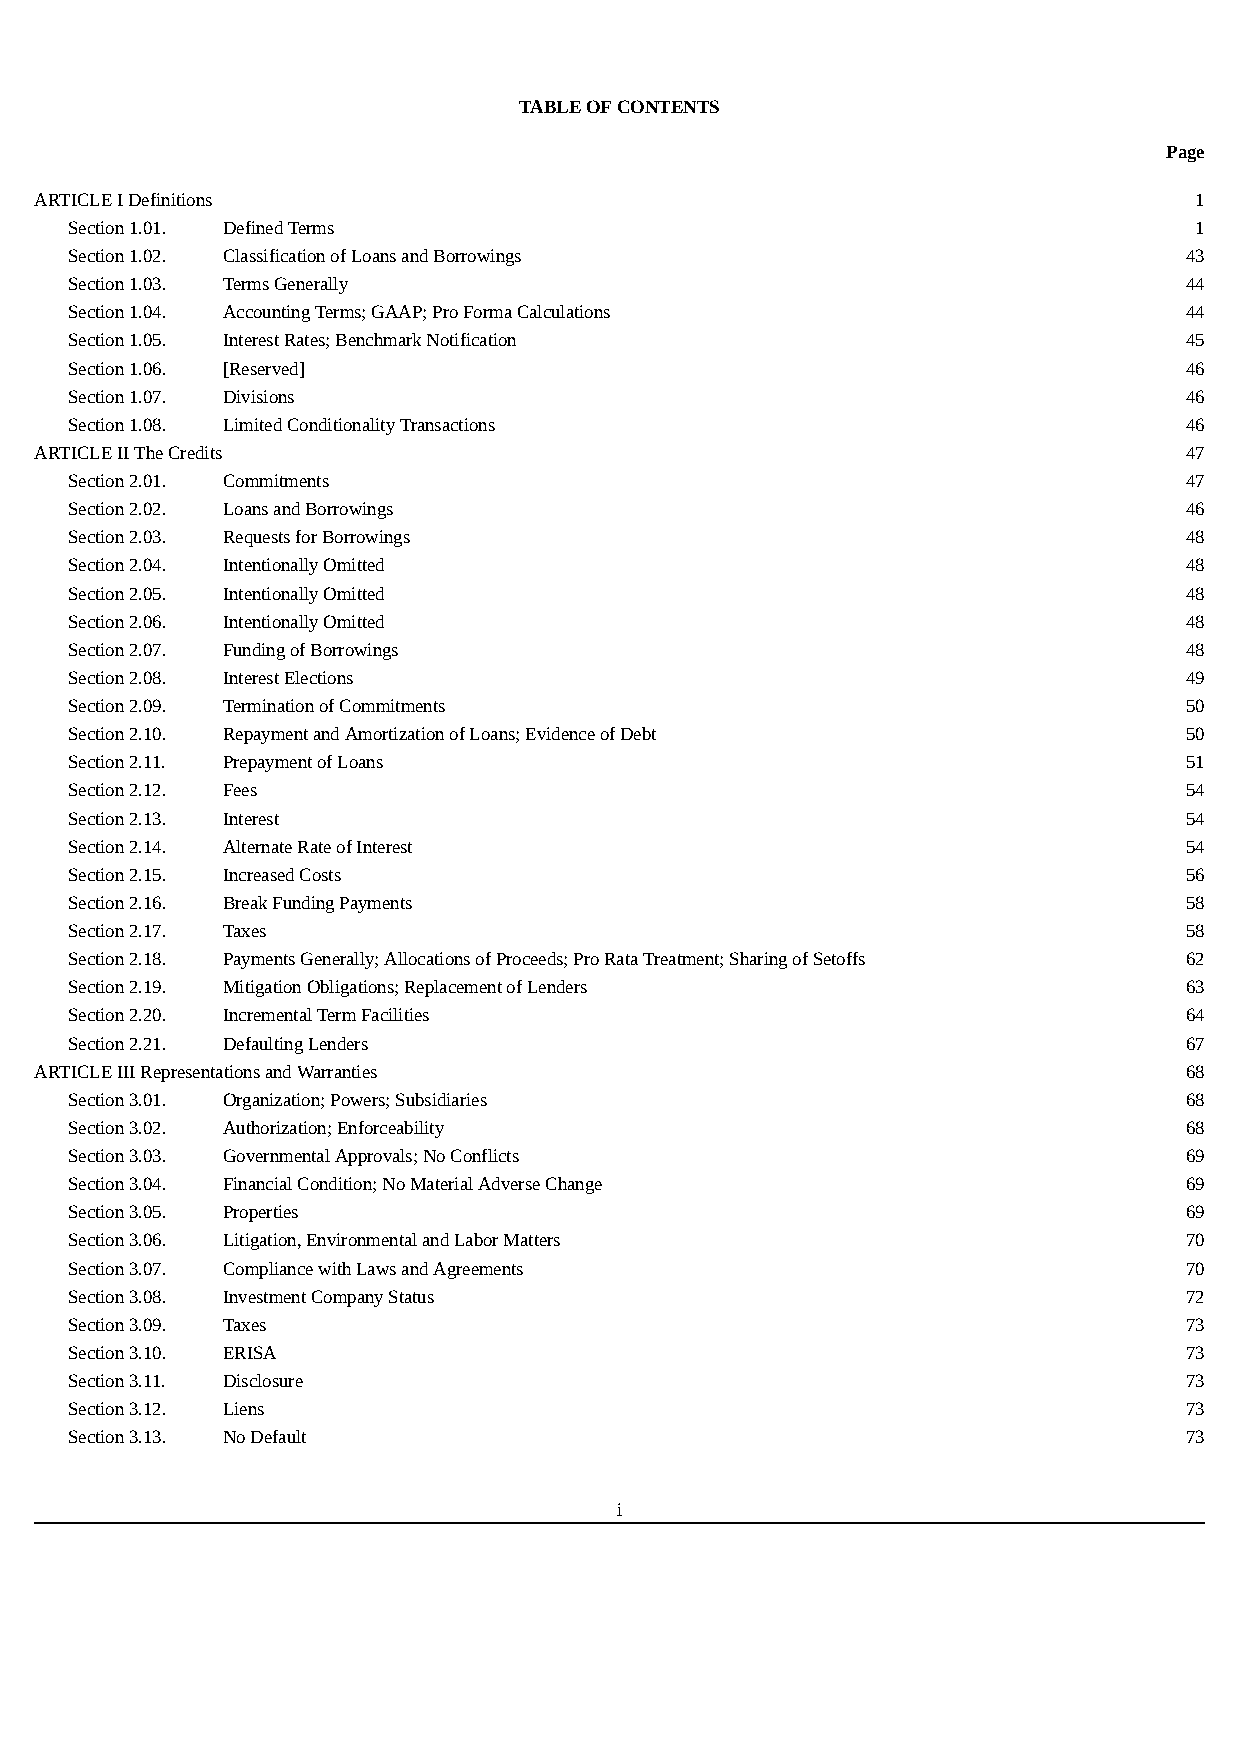
TABLE OF CONTENTS
 Page
 ARTICLE I Definitions                                                        1
 Section 1.01. Defined Terms                                                1
 Section 1.02. Classification of Loans and Borrowings                      43
 Section 1.03. Terms Generally                                             44
 Section 1.04. Accounting Terms; GAAP; Pro Forma Calculations              44
 Section 1.05. Interest Rates; Benchmark Notification                      45
 Section 1.06. [Reserved]                                                  46
 Section 1.07. Divisions                                                   46
 Section 1.08. Limited Conditionality Transactions                         46
 ARTICLE II The Credits                                                      47
 Section 2.01. Commitments                                                 47
 Section 2.02. Loans and Borrowings                                        46
 Section 2.03. Requests for Borrowings                                     48
 Section 2.04. Intentionally Omitted                                       48
 Section 2.05. Intentionally Omitted                                       48
 Section 2.06. Intentionally Omitted                                       48
 Section 2.07. Funding of Borrowings                                       48
 Section 2.08. Interest Elections                                          49
 Section 2.09. Termination of Commitments                                  50
 Section 2.10. Repayment and Amortization of Loans; Evidence of Debt       50
 Section 2.11. Prepayment of Loans                                         51
 Section 2.12. Fees                                                        54
 Section 2.13. Interest                                                    54
 Section 2.14. Alternate Rate of Interest                                  54
 Section 2.15. Increased Costs                                             56
 Section 2.16. Break Funding Payments                                      58
 Section 2.17. Taxes                                                       58
 Section 2.18. Payments Generally; Allocations of Proceeds; Pro Rata Treatment; Sharing of Setoffs 62
 Section 2.19. Mitigation Obligations; Replacement of Lenders              63
 Section 2.20. Incremental Term Facilities                                 64
 Section 2.21. Defaulting Lenders                                          67
 ARTICLE III Representations and Warranties                                  68
 Section 3.01. Organization; Powers; Subsidiaries                          68
 Section 3.02. Authorization; Enforceability                               68
 Section 3.03. Governmental Approvals; No Conflicts                        69
 Section 3.04. Financial Condition; No Material Adverse Change             69
 Section 3.05. Properties                                                  69
 Section 3.06. Litigation, Environmental and Labor Matters                 70
 Section 3.07. Compliance with Laws and Agreements                         70
 Section 3.08. Investment Company Status                                   72
 Section 3.09. Taxes                                                       73
 Section 3.10. ERISA                                                       73
 Section 3.11. Disclosure                                                  73
 Section 3.12. Liens                                                       73
 Section 3.13. No Default                                                  73
 i